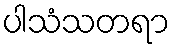
ပါသံသတရာ